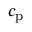
c _ { \mathrm { p } }